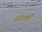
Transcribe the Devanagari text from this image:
अंगकों